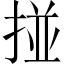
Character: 掽